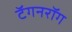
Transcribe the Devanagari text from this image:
टॅगनरॉग